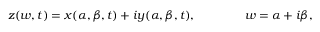
z ( w , t ) = x ( \alpha , \beta , t ) + i y ( \alpha , \beta , t ) , \qquad \qquad w = \alpha + i \beta ,